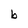
Character: b